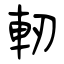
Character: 軔